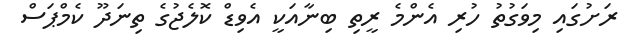
ރަށުގައި މިވަގުތު ހުރި އެންމެ ރީތި ބިނާއަކީ އެވިޑް ކޮލެޖުގެ ތިނަދޫ ކެމްޕަސް